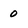
Character: 0